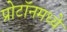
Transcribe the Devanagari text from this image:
प्रोटॉनमध्ये